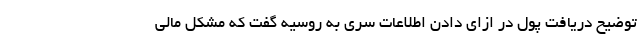
توضیح دریافت پول در ازای دادن اطلاعات سری به روسیه گفت که مشکل مالی